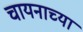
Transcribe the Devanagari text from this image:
चायनाच्या